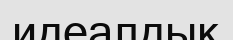
идеалдық